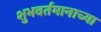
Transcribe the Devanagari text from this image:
शुभवर्तमानाच्या